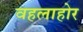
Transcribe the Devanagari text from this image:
वहलाहोर